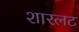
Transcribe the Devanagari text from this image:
शारलट